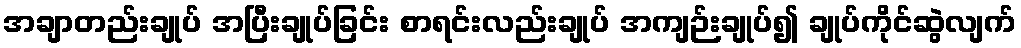
အချာတည်းချုပ် အပြီးချုပ်ခြင်း စာရင်းလည်းချုပ် အကျဉ်းချုပ်၍ ချုပ်ကိုင်ဆွဲလျက်